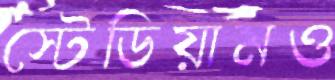
স্টেডিয়ামও